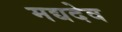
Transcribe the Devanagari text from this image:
मद्यदेव